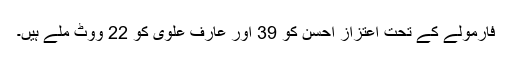
فارمولے کے تحت اعتزاز احسن کو 39 اور عارف علوی کو 22 ووٹ ملے ہیں۔